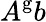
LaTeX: A^{\mathrm{g}}b